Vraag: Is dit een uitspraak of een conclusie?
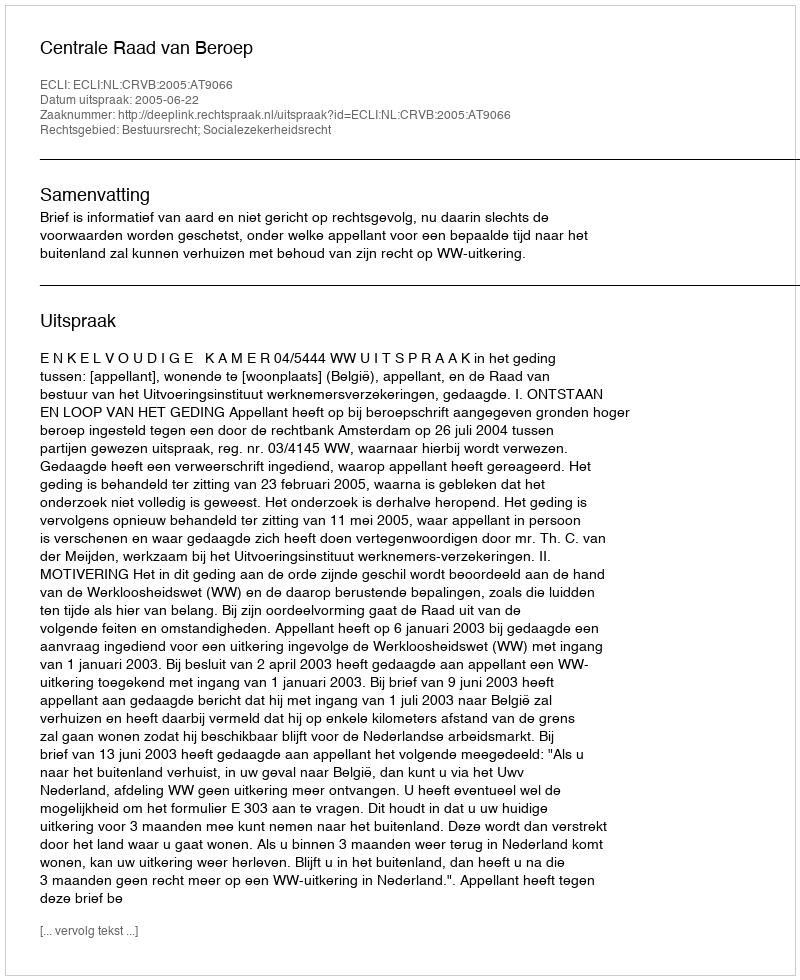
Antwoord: Uitspraak